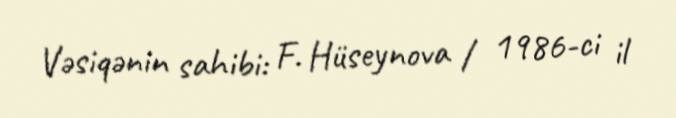
Vəsiqənin sahibi: F. Hüseynova / 1986-ci il